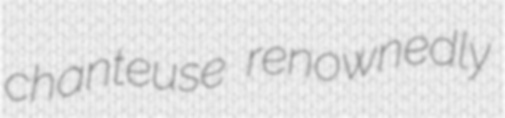
chanteuse renownedly